Annual statistical returns and brief notes on vaccination in Bengal - 1909-1929
Year: 1909
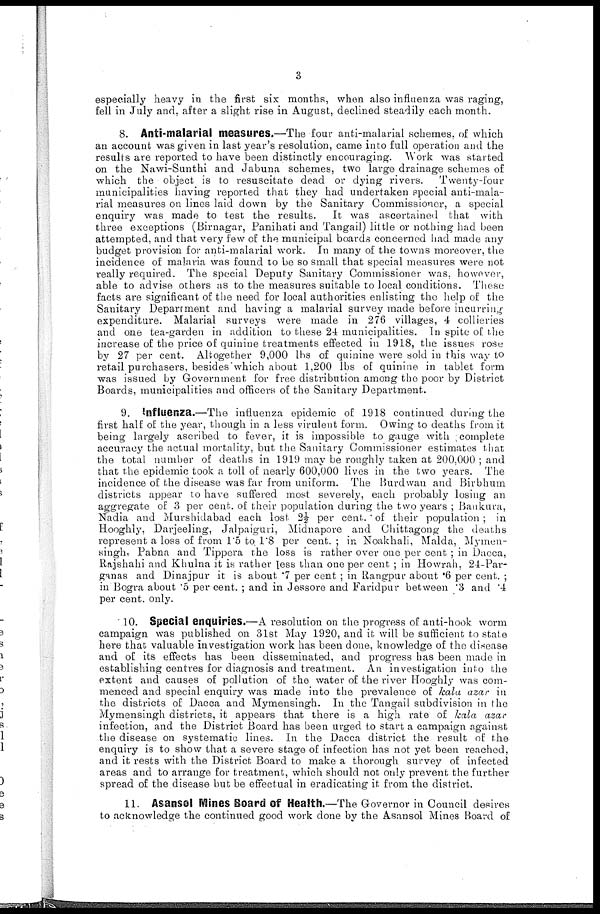
3
especially heavy in the first six months, when also influenza was raging,
fell in July and, after a slight rise in August, declined steadily each month.
8. Anti-malarial measures.—The four anti-malarial schemes, of which
an account was given in last year's resolution, came into full operation and the
results are reported to have been distinctly encouraging. Work was started
on the Nawi-Sunthi and Jabuna schemes, two large drainage schemes of
which the object is to resuscitate dead or dying rivers.
Twenty-four
municipalities having reported that they had undertaken special anti-mala-
rial measures on lines laid down by the Sanitary Commissioner, a special
enquiry was made to test the results. It was ascertained that with
three exceptions (Birnagar, Panihati and Tangail) little or nothing had been
attempted, and that very few of the municipal boards concerned had made any
budget provision for anti-malarial work. In many of the towns moreover, the
incidence of malaria was found to be so small that special measures were not
really required. The special Deputy Sanitary Commissioner was, however,
able to advise others as to the measures suitable to local conditions. These
facts are significant of the need for local authorities enlisting the help of the
Sanitary Department and having a malarial survey made before incurring
expenditure. Malarial surveys were made in 276 villages, 4 collieries
and one tea-garden in addition to these 24 municipalities. In spite of the
increase of the price of quinine treatments effected in 1918, the issues rose
by 27 per cent. Altogether 9,000 lbs of quinine were sold in this way to
retail purchasers, besides which about 1,200 lbs of quinine in tablet form
was issued by Government for free distribution among the poor by District
Boards, municipalities and officers of the Sanitary Department.
9. Influenza.—The influenza epidemic of 1918 continued during the
first half of the year, though in a less virulent form. Owing to deaths from it
being largely ascribed to fever, it is impossible to gauge with complete
accuracy the actual mortality, but the Sanitary Commissioner estimates that
the total number of deaths in 1919 may be roughly taken at 200,000 ; and
that the epidemic took a toll of nearly 600,000 lives in the two years. The
incidence of the disease was far from uniform. The Burdwan and Birbhum
districts appear to have suffered most severely, each probably losing an
aggregate of 3 per cent. of their population during the two years ; Bankura,
Nadia and Murshidabad each lost 2½ per cent. of their population ; in
Hooghly, Darjeeling, Jalpaiguri, Midnapore and Chittagong the deaths
represent a loss of from 1.5 to 1.8 per cent. ; in Noakhali, Malda, Mymen-
singh. Pabna and Tippera the loss is rather over one per cent ; in Dacca,
Rajshahi and Khulna it is rather less than one per cent ; in Howrah, 24-Par-
ganas and Dinajpur it is about .7 per cent ; in Rangpur about .6 per cent. ;
in Bogra about .5 per cent. ; and in Jessore and Faridpur between .3 and .4
per cent. only.
10. Special enquiries.—A resolution on the progress of anti-hook worm
campaign was published on 31st May 1920, and it will be sufficient to state
here that valuable investigation work has been done, knowledge of the disease
and of its effects has been disseminated, and progress has been made in
establishing centres for diagnosis and treatment. An investigation into the
extent and causes of pollution of the water of the river Hooghly was com-
menced and special enquiry was made into the prevalence of kala azar in
the districts of Dacca and Mymensingh. In the Tangail subdivision in the
Mymensingh districts, it appears that there is a high rate of kala azar
infection, and the District Board has been urged to start a campaign against
the disease on systematic lines. In the Dacca district the result of the
enquiry is to show that a severe stage of infection has not yet been reached,
and it rests with the District Board to make a thorough survey of infected
areas and to arrange for treatment, which should not only prevent the further
spread of the disease but be effectual in eradicating it from the district.
11. Asansol Mines Board of Health.—The Governor in Council desires
to acknowledge the continued good work done by the Asansol Mines Board of